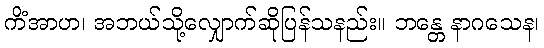
ကိံအာဟ၊ အဘယ်သို့လျှောက်ဆိုပြန်သနည်း။ ဘန္တေ နာဂသေန၊